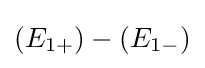
(E_{1+})-(E_{1-})